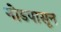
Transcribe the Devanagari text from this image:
नोडपासून